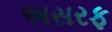
અસરફ